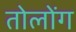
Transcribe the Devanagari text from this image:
तोलोंग